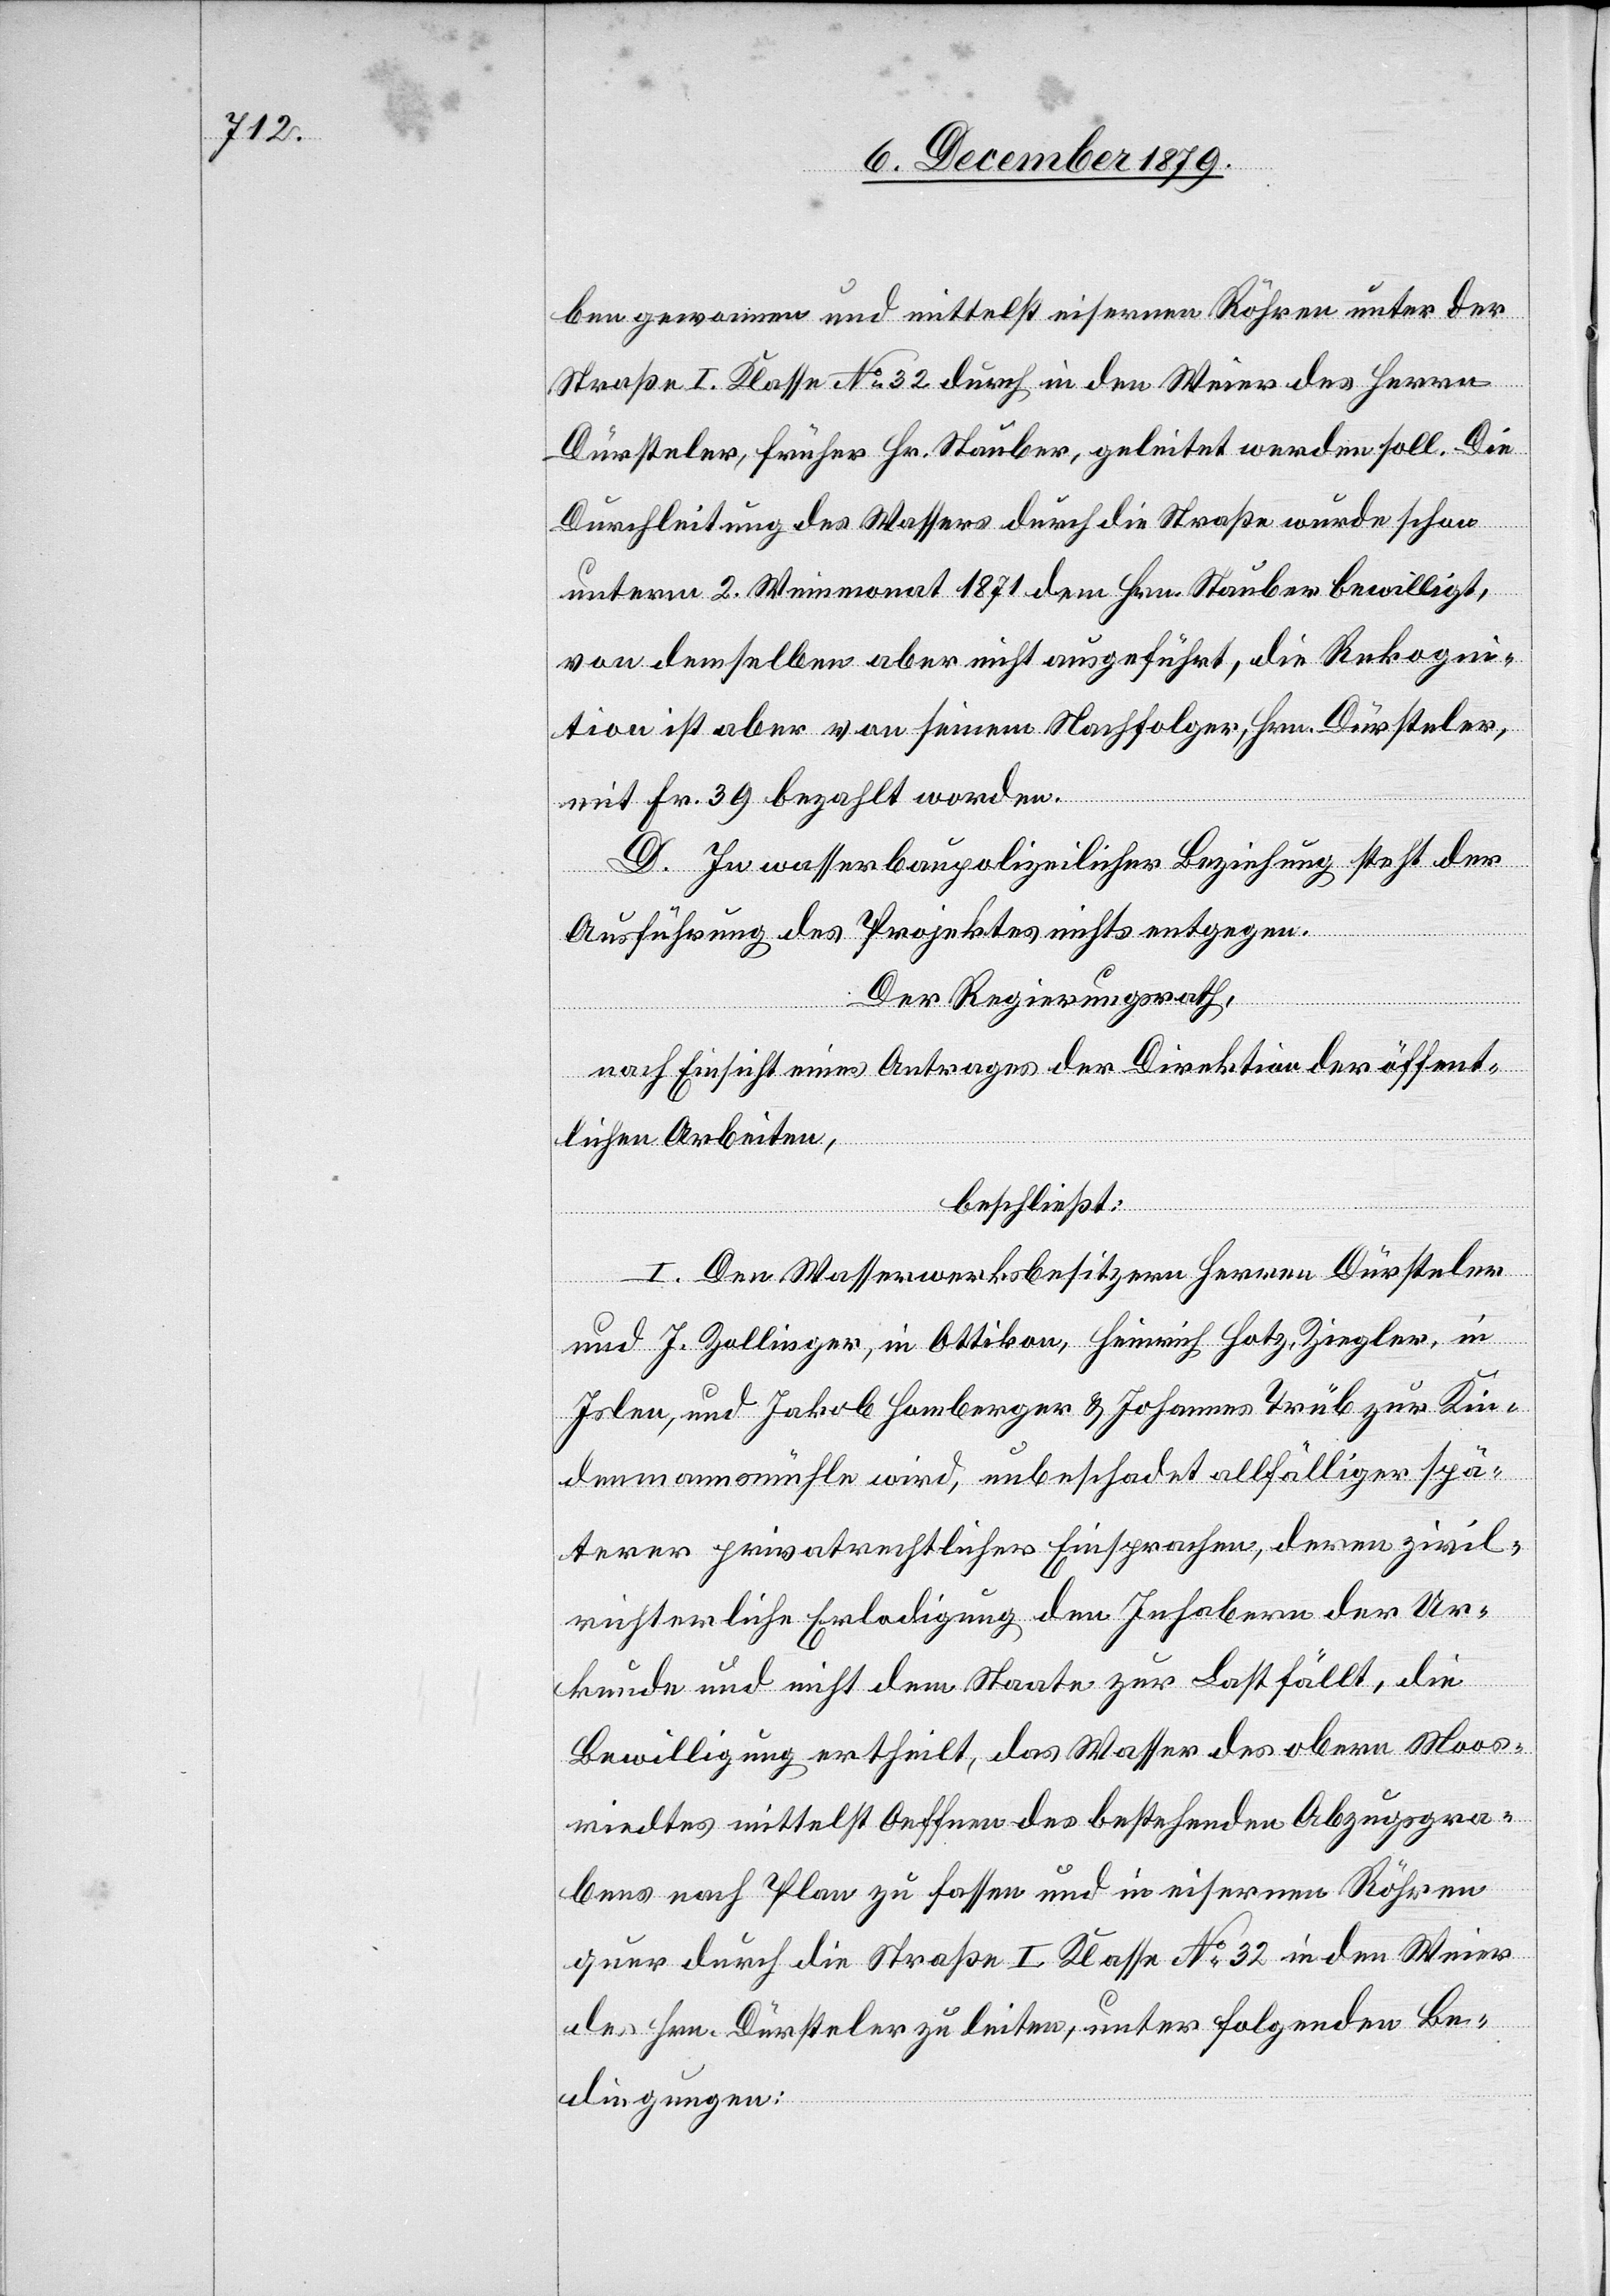
ben gewonnen und mittelst eisernen Röhren unter der
Straße I. Klasse No 32 durch in den Weier des Herrn
Dürsteler, früher Hr. Stäuber, geleitet werden soll. Die
Durchleitung des Wassers durch die Straße wurde schon
unterm 2. Weinmonat 1871dem Hrn. Stäuber bewilligt,
von demselben aber nicht ausgeführt, die Rekogni¬
tion ist aber von seinem Nachfolger, Hrn. Dürsteler,
mit Fr. 39 bezahlt worden.
D. In wasserbaupolizeilicher Beziehung steht der
Ausführung des Projektes nichts entgegen.
Der Regierungsrath,
nach Einsicht eines Antrages der Direktion der öffent¬
lichen Arbeiten,
beschließt:
I. Den Wasserwerksbesitzern Herren Dürsteler
und J. Zollinger, in Ottikon, Heinrich Hotz, Ziegler, in
Islen, und Jakob Homberger & Johannes Trüb zur Kin¬
denmannsmühle wird, unbeschadet allfälliger spä¬
terer privatrechtlicher Einsprachen, deren zivil¬
richterliche Erledigung den Inhabern der Ur¬
kunde und nicht dem Staate zur Last fällt, die
Bewilligung ertheilt, das Wasser des obern Moos¬
riedtes mittelst Oeffnen des bestehenden Abzugsgra¬
bens nach Plan zu fassen und in eisernen Röhren
quer durch die Straße I. Klasse No 32 in den Weier
des Hrn. Dürsteler zu leiten, unter folgenden Be¬
dingungen: